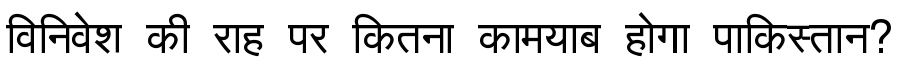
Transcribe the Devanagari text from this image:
विनिवेश की राह पर कितना कामयाब होगा पाकिस्तान?